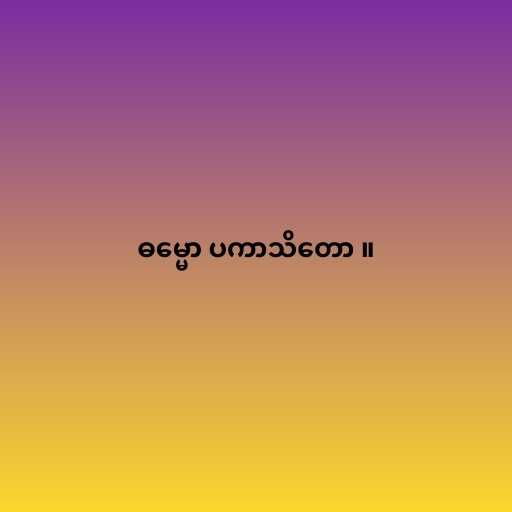
ဓမ္မော ပကာသိတော ။